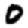
Digit: 0